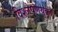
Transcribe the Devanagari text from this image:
विश्लेषणयुक्त